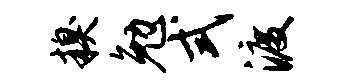
糗勉式渡